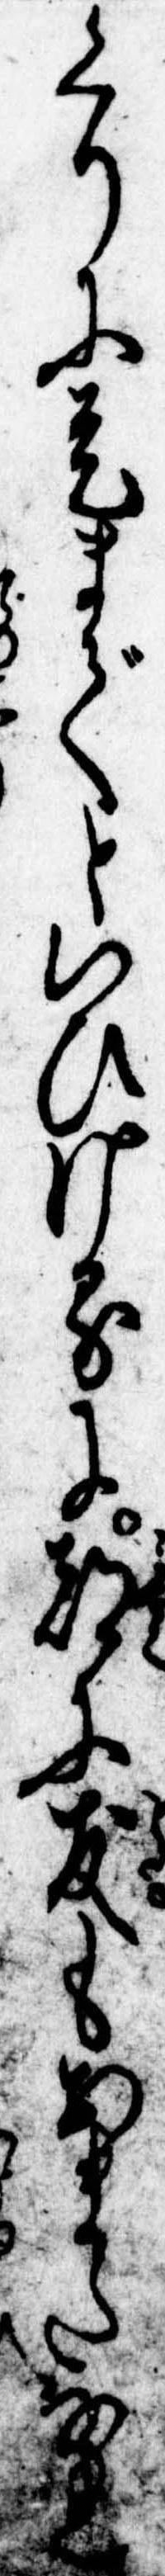
くりに是までといひけるに都に友もあまたなれ